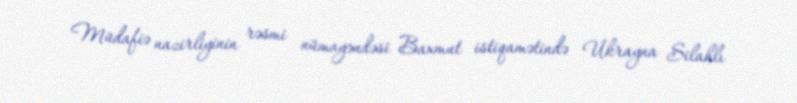
Müdafiə nazirliyinin rəsmi nümayəndəsi Baxmut istiqamətində Ukrayna Silahlı